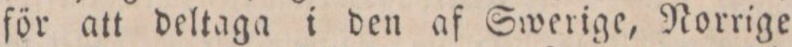
för att deltaga i den af Swerige, Norrige